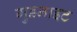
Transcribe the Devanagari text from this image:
गुडनाइट